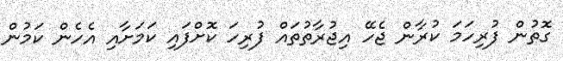
ގޮތުން ފުރިހަމަ ކުރާން ޖެހޭ އިޖުރާތުތައް ފުރިހަ ކޮށްފައި ކަމަށާއި އެހެން ކަމުން